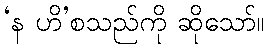
‘န ဟိ’စသည်ကို ဆိုသော်။